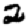
Digit: 2